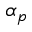
\alpha _ { p }